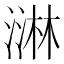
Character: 㵉